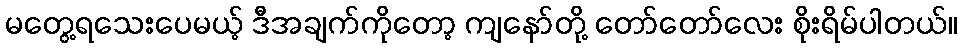
မတွေ့ရသေးပေမယ့် ဒီအချက်ကိုတော့ ကျနော်တို့ တော်တော်လေး စိုးရိမ်ပါတယ်။